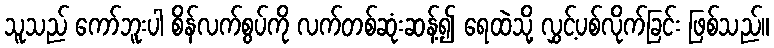
သူသည် ကော်ဘူးပါ စိန်လက်စွပ်ကို လက်တစ်ဆုံးဆန့်၍ ရေထဲသို့ လွှင့်ပစ်လိုက်ခြင်း ဖြစ်သည်။